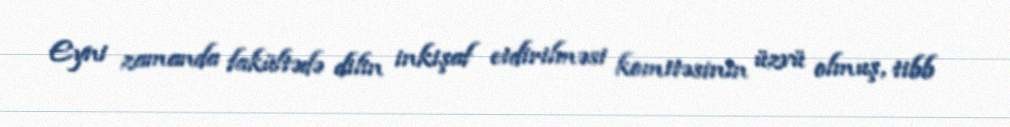
Eyni zamanda fakültədə dilin inkişaf etdirilməsi komitəsinin üzvü olmuş, tibb